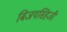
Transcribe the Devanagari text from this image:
बिजयसिंहजी